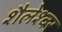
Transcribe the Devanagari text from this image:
शैलेश्‍वर